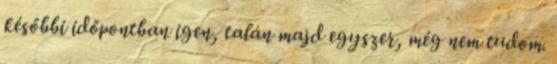
későbbi időpontban igen, talán majd egyszer, még nem tudom.